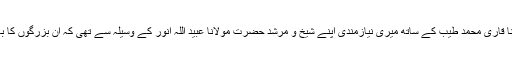
حکیم الاسلام حضرت مولانا قاری محمد طیبؒ کے ساتھ میری نیازمندی اپنے شیخ و مرشد حضرت مولانا عبید اللہ انورؒ کے وسیلہ سے تھی کہ ان بزرگوں کا باہمی قرب و تعلق مثالی تھا۔